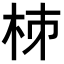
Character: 𣐈